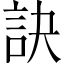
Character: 訣